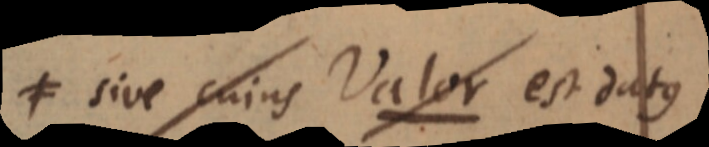
≠ sive cujus Valor est datque